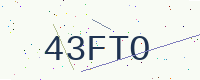
Text: 43FTO